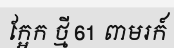
ក្អែក ថ្មី 61 ពាមរក៍